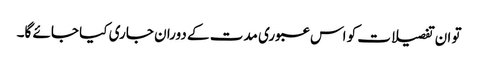
تو ان تفصیلات کو اس عبوری مدت کے دوران جاری کیا جائے گا۔